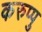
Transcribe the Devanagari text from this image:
करुप्पु